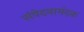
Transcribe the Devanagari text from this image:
संवेदनामंदक